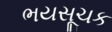
ભયસૂચક